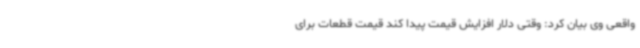
واقعی وی بیان کرد: وقتی دلار افزایش قیمت پیدا کند قیمت قطعات برای